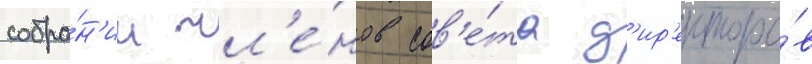
собра́н'ии чл'е́нов сов'е́та д'ир'екторо́в